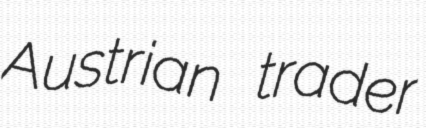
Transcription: Austrian trader